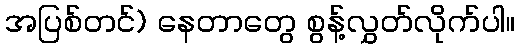
အပြစ်တင်) နေတာတွေ စွန့်လွှတ်လိုက်ပါ။